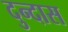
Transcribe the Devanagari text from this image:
दुन्दास